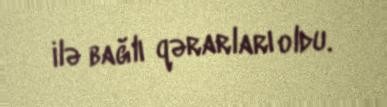
ilə bağlı qərarları oldu.